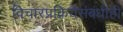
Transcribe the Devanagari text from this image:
विचारप्रक्रियेसंबंधीही